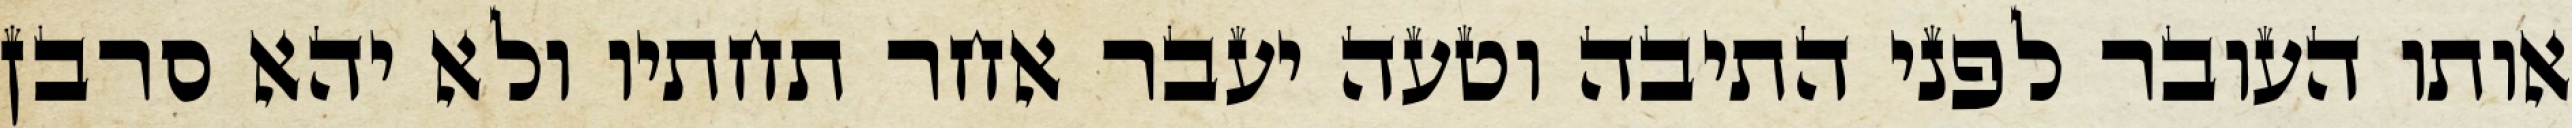
אותו העובר לפני התיבה וטעה יעבר אחר תחתיו ולא יהא סרבן